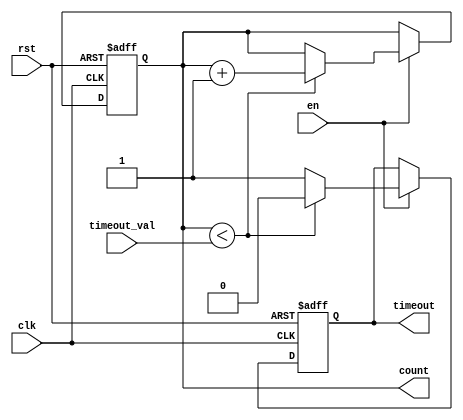
module timeout_counter (
    input wire clk,               // Clock signal
    input wire rst,               // Asynchronous reset
    input wire en,                // Enable signal
    input wire [15:0] timeout_val, // Configurable time-out value
    output reg [15:0] count,      // Current count value
    output reg timeout            // Time-out signal
);

// Internal state
reg counting;                    // Flag to indicate counting state

// Asynchronous reset and counting logic
always @(posedge clk or posedge rst) begin
    if (rst) begin
        count <= 16'b0;          // Reset count to 0
        timeout <= 1'b0;         // Deactivate time-out signal
        counting <= 1'b0;        // Reset counting state
    end else if (en) begin
        if (count < timeout_val) begin
            count <= count + 1;  // Increment count
            timeout <= 1'b0;      // Deactivate time-out signal
            counting <= 1'b1;     // Set counting state
        end else begin
            timeout <= 1'b1;      // Activate time-out signal
            counting <= 1'b0;     // Stop counting
        end
    end
end

// Hold the count value when not enabled
always @(negedge en) begin
    if (!en) begin
        counting <= 1'b0;         // Stop counting when disabled
    end
end

endmodule